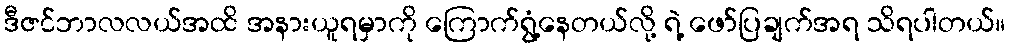
ဒီဇင်ဘာလလယ်အထိ အနားယူရမှာကို ကြောက်ရွံ့နေတယ်လို့ ရဲ့ ဖော်ပြချက်အရ သိရပါတယ်။